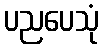
ပညပေသုံ